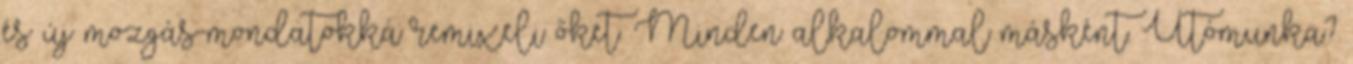
és új mozgás-mondatokká remixeli őket. Minden alkalommal másként. Utómunka?